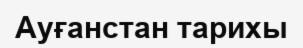
Ауғанстан тарихы